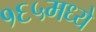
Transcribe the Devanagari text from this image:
१६५मध्ये